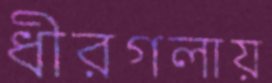
ধীরগলায়